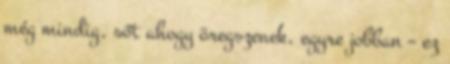
még mindig, sőt ahogy öregszenek, egyre jobban – ez